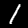
Label: 1